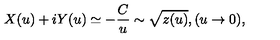
X ( u ) + i Y ( u ) \simeq - \frac { C } { u } \sim \sqrt { z ( u ) } , ( u \rightarrow 0 ) ,